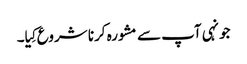
جونہی آپ سے مشورہ کرنا شروع کِیا۔